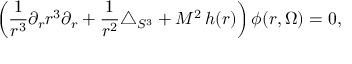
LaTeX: \left( \frac { 1 } { r ^ { 3 } } \partial _ { r } r ^ { 3 } \partial _ { r } + \frac { 1 } { r ^ { 2 } } \triangle _ { S ^ { 3 } } + M ^ { 2 } \, h ( r ) \right) \phi ( r , \Omega ) = 0 ,